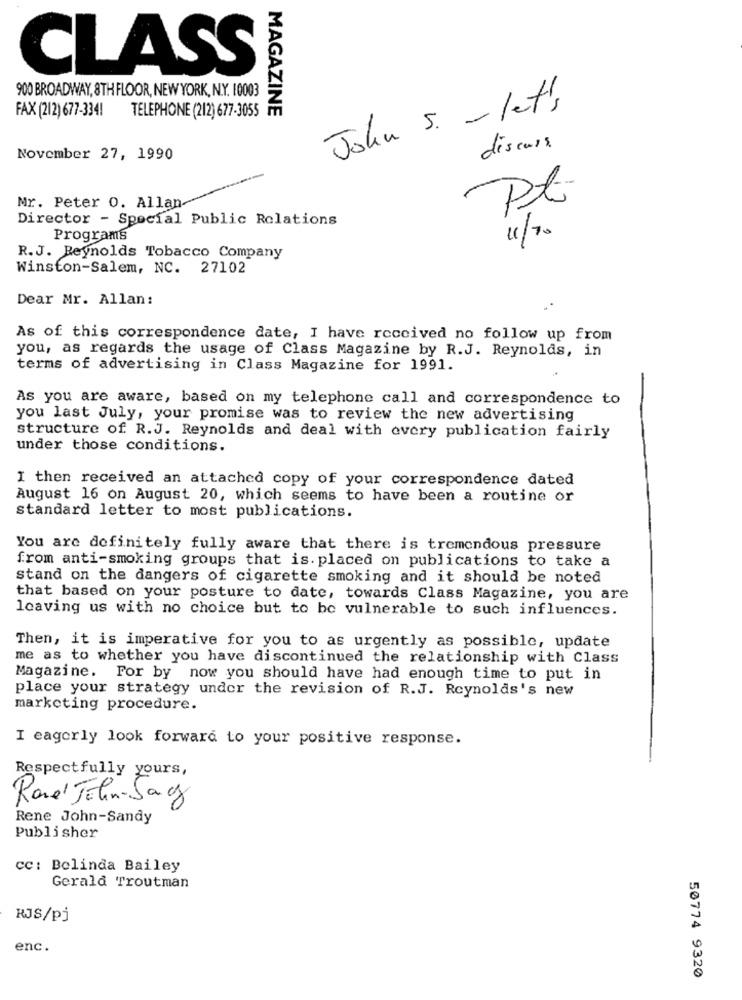
CLASS
900 BROADWAY, 8TH FLOOR, NEW YORK, N.Y. 10003
John 5. - let's
FAX (212) 677-3341
TELEPHONE (212) 677-3055
MAGAZINE
discuss
November 27, 1990
Pt
Mr. Peter 0. Allan
Director - Special Public Relations
Programs
11/70
R.J. Reynolds Tobacco Company
Winston-Salem, NC. 27102
Dear Mr. Allan:
As of this correspondence date, I have received no follow up from
you, as regards the usage of Class Magazine by R.J. Reynolds, in
terms of advertising in Class Magazine for 1991.
As you are aware, based on my telephone call and correspondence to
you last July, your promise was to review the new advertising
structure of R.J. Reynolds and deal with every publication fairly
under those conditions.
I then received an attached copy of your correspondence dated
August 16 on August 20, which seems to have been a routine or
standard letter to most publications.
You are definitely fully aware that there is tremendous pressure
from anti-smoking groups that is. placed on publications to take a
stand on the dangers of cigarette smoking and it should be noted
that based on your posture to date, towards Class Magazine, you are
leaving us with no choice but to be vulnerable to such influences.
Then, it is imperative for you to as urgently as possible, update
me as to whether you have discontinued the relationship with Class
Magazine. For by now you should have had enough time to put in
place your strategy under the revision of R.J. Reynolds's new
marketing procedure.
I eagerly look forward to your positive response.
Respectfully yours,
Ravel John-Sag
Rene John-Sandy
Publisher
cc: Belinda Bailey
Gerald Troutman
RJS/pj
enc.
50774 9320